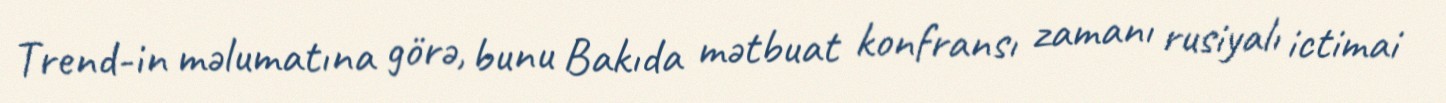
Trend-in məlumatına görə, bunu Bakıda mətbuat konfransı zamanı rusiyalı ictimai